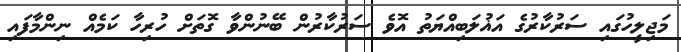
މަޖިލީހުގައި ސަރުކާރުގެ އަޣުލަބިއްޔަތު އޮވެ ސަރުކާރުން ބޭނުންވާ ގޮތަށް ހުރިހާ ކަމެއް ނިންމާފައި